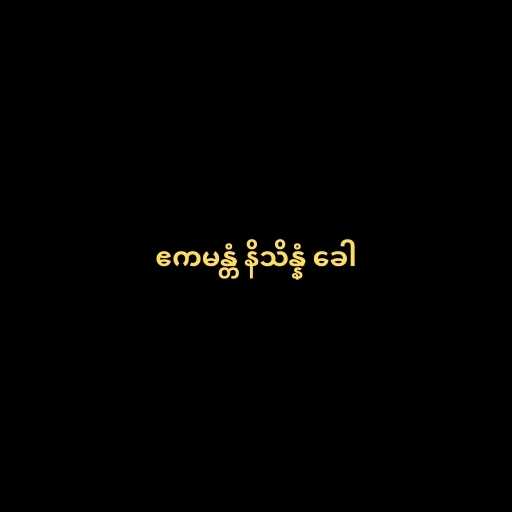
ဧကမန္တံ နိသိန္နံ ခေါ